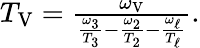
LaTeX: \begin{array}{r}{T_{\mathrm{V}}=\frac{\omega_{\mathrm{V}}}{\frac{\omega_{3}}{T_{3}}-\frac{\omega_{2}}{T_{2}}-\frac{\omega_{\ell}}{T_{\ell}}}.}\end{array}